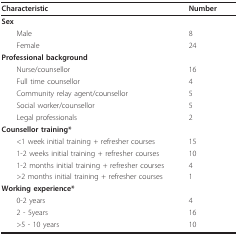
<table><thead><tr><td><b>Characteristic</b></td><td><b>Number</b></td></tr></thead><tbody><tr><td><b>Sex</b></td><td></td></tr><tr><td> Male</td><td>8</td></tr><tr><td> Female</td><td>24</td></tr><tr><td><b>Professional background</b></td><td></td></tr><tr><td> Nurse/counsellor</td><td>16</td></tr><tr><td> Full time counsellor</td><td>4</td></tr><tr><td> Community relay agent/counsellor</td><td>5</td></tr><tr><td> Social worker/counsellor</td><td>5</td></tr><tr><td> Legal professionals</td><td>2</td></tr><tr><td><b>Counsellor training*</b></td><td></td></tr><tr><td> &lt;1 week initial training + refresher courses</td><td>15</td></tr><tr><td> 1-2 weeks initial training + refresher courses</td><td>10</td></tr><tr><td> 1-2 months initial training + refresher courses</td><td>4</td></tr><tr><td> &gt;2 months initial training + refresher courses</td><td>1</td></tr><tr><td><b>Working experience*</b></td><td></td></tr><tr><td> 0-2 years</td><td>4</td></tr><tr><td> 2 - 5years</td><td>16</td></tr><tr><td> &gt;5 - 10 years</td><td>10</td></tr></tbody></table>